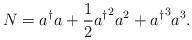
LaTeX: \begin{align*}N = a^{\dagger} a + \frac{1}{2}{ a^{\dagger} }^2 a^2+ { a^{\dagger} }^3 a^3. \end{align*}